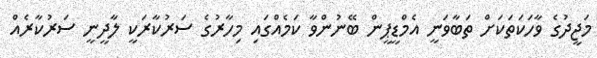
މަޖީދުގެ ވާހަކަތަކަށް ތަބާވަނީ އެމްޑީޕީން ބޭނުންވާ ކަމެއްގައި މިހާރުގެ ސަރުކާރަކީ ލާދީނީ ސަރުކާރެއް